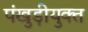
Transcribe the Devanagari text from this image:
पंखुड़ीयुक्त